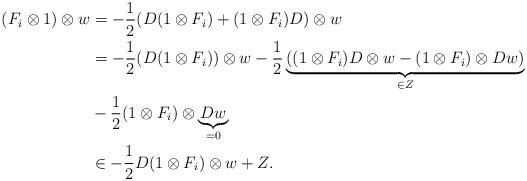
LaTeX: \begin{align*}(F_i \otimes 1) \otimes w & = - \frac{1}{2}(D(1 \otimes F_i) + (1 \otimes F_i)D) \otimes w \\& = - \frac{1}{2}(D(1 \otimes F_i)) \otimes w - \frac{1}{2}\underbrace{((1 \otimes F_i) D \otimes w - (1 \otimes F_i) \otimes Dw)}_{\in Z} \\&- \frac{1}{2}(1 \otimes F_i) \otimes \underbrace{Dw}_{= 0} \\& \in - \frac{1}{2}D(1 \otimes F_i) \otimes w + Z.\end{align*}